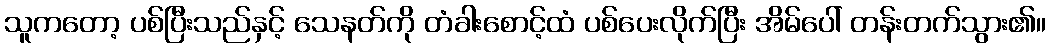
သူကတော့ ပစ်ပြီးသည်နှင့် သေနတ်ကို တံခါးစောင့်ထံ ပစ်ပေးလိုက်ပြီး အိမ်ပေါ် တန်းတက်သွား၏။